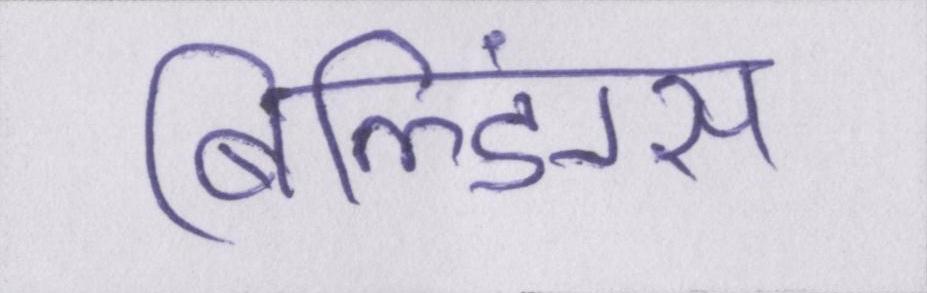
बिल्डिंग्स